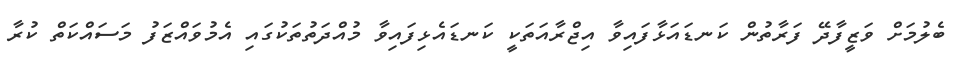
ބެލުމަށް ވަޒީފާދޭ ފަރާތުން ކަނޑައަޅާފައިވާ އިޖްރާއަތަކީ ކަނޑައެޅިފައިވާ މުއްދަތުތަކުގައި އެމުވައްޒަފު މަސައްކަތް ކުރާ